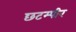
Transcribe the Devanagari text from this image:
छटम्पीर